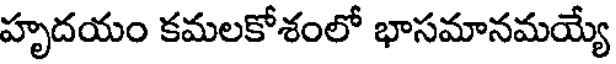
హృదయం కమలకోశంలో భాసమానమయ్యే